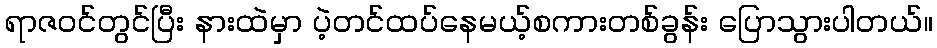
ရာဇဝင်တွင်ပြီး နားထဲမှာ ပဲ့တင်ထပ်နေမယ့်စကားတစ်ခွန်း ပြောသွားပါတယ်။